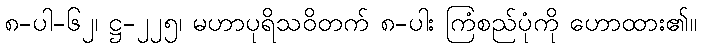
၈-ပါ-၆၂၊ ဋ္ဌ-၂၂၅၊ မဟာပုရိသဝိတက် ၈-ပါး ကြံစည်ပုံကို ဟောထား၏။